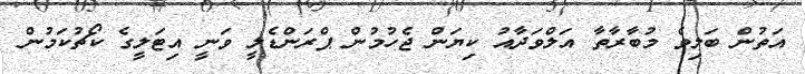
އަތުން ބަލިވެ މުބާރާތާ އަލްވަދާއު ކިޔަން ޖެހުމުން ޕްރަންޑެލީ ވަނީ އިޓަލީގެ ކޯޗުކަމުން